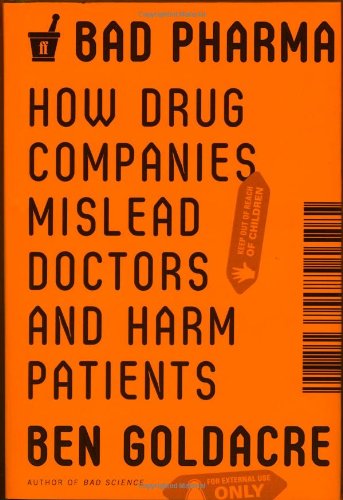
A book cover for Bad Pharma: How Drug Companies Mislead Doctors and Harm Patients; Ben Goldacre; Medical Books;